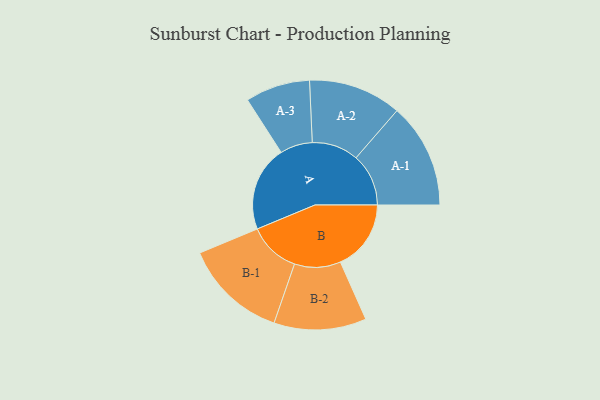
{"axis": {"x": "Segment", "y": "Value"}, "legend": ["", "A", "B"], "data": [{"x": "A", "y": 433, "type": ""}, {"x": "B", "y": 358, "type": ""}, {"x": "A-1", "y": 266, "type": "A"}, {"x": "A-2", "y": 236, "type": "A"}, {"x": "A-3", "y": 164, "type": "A"}, {"x": "B-1", "y": 262, "type": "B"}, {"x": "B-2", "y": 234, "type": "B"}]}